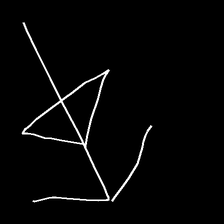
Glyph: pull